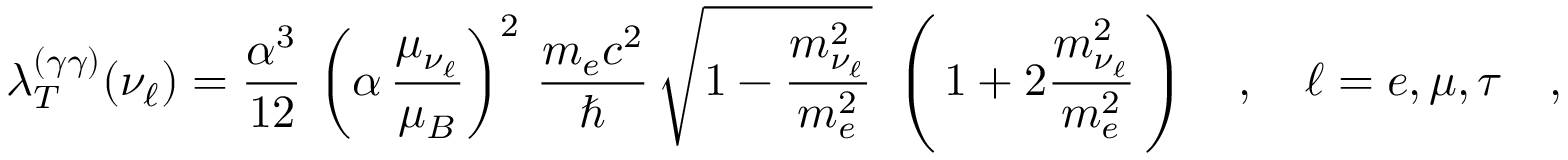
\lambda _ { T } ^ { ( \gamma \gamma ) } ( \nu _ { \ell } ) = \frac { \alpha ^ { 3 } } { 1 2 } \, \left( \alpha \, \frac { \mu _ { \nu _ { \ell } } } { \mu _ { B } } \right) ^ { 2 } \, \frac { m _ { e } c ^ { 2 } } { \hbar } \, \sqrt { 1 - \frac { m _ { \nu _ { \ell } } ^ { 2 } } { m _ { e } ^ { 2 } } } \ \left( \, 1 + 2 \frac { m _ { \nu _ { \ell } } ^ { 2 } } { m _ { e } ^ { 2 } } \, \right) \ \ \ , \ \ \ \ell = e , \mu , \tau \ \ \ ,